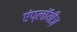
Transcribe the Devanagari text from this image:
एंप्लॉयीज़